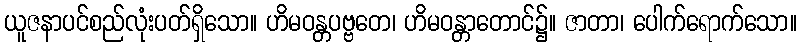
ယူဇနာပင်စည်လုံးပတ်ရှိသော။ ဟိမဝန္တပဗ္ဗတေ၊ ဟိမဝန္တာတောင်၌။ ဇာတာ၊ ပေါက်ရောက်သော။